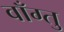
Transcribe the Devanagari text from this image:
वाँग्तु